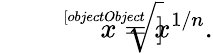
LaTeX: {\sqrt[[objectObject]]{x}}=x^{1/n}.